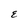
Character: E